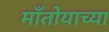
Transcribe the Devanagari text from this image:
माँतोयाच्या